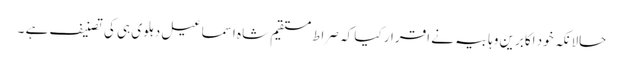
حالانکہ خود اکابرین وہابیہ نے اقرار کیا کہ صراط مستقیم شاہ اسماعیل دہلوی ہی کی تصنیف ہے ۔